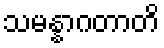
သမန္နာဂတာတိ